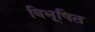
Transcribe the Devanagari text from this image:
बिभूषित